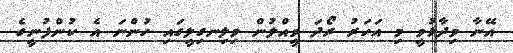
އޭނާ ވިދާޅުވީ މި އަހަރު ރޯދަ ވީއްލުން ވިލިނގިލީގައި ހުންނަ އެ ކުންފުނީގެ